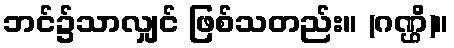
ဘင်၌သာလျှင် ဖြစ်သတည်း။ (ဂဏ္ဌိ)။